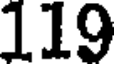
119